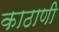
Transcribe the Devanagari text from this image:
काठाणी